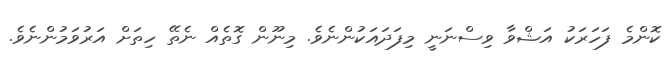
ކޮންމެ ފަހަރަކު އަޝްވާ ވިސްނަނީ މިފަދައަކުންނެވެ. މިނޫން ގޮތެއް ނެތޭ ހިތަށް އަރުވަމުންނެވެ.